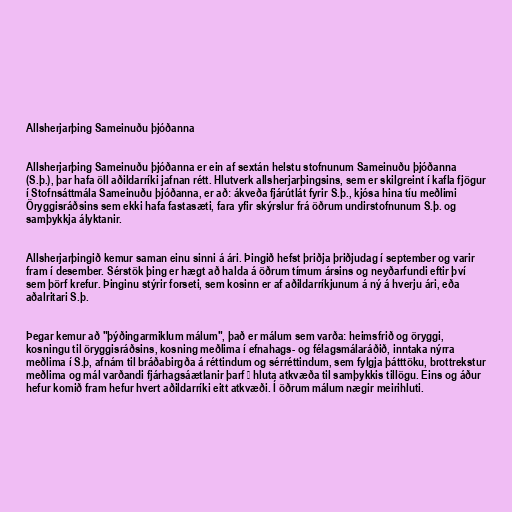
Allsherjarþing Sameinuðu þjóðanna

Allsherjarþing Sameinuðu þjóðanna er ein af sextán helstu stofnunum Sameinuðu þjóðanna
(S.þ.), þar hafa öll aðildarríki jafnan rétt. Hlutverk allsherjarþingsins, sem er skilgreint í kafla fjögur
í Stofnsáttmála Sameinuðu þjóðanna, er að: ákveða fjárútlát fyrir S.þ., kjósa hina tíu meðlimi
Öryggisráðsins sem ekki hafa fastasæti, fara yfir skýrslur frá öðrum undirstofnunum S.þ. og
samþykkja ályktanir.

Allsherjarþingið kemur saman einu sinni á ári. Þingið hefst þriðja þriðjudag í september og varir
fram í desember. Sérstök þing er hægt að halda á öðrum tímum ársins og neyðarfundi eftir því
sem þörf krefur. Þinginu stýrir forseti, sem kosinn er af aðildarríkjunum á ný á hverju ári, eða
aðalritari S.þ.

Þegar kemur að "þýðingarmiklum málum", það er málum sem varða: heimsfrið og öryggi,
kosningu til öryggisráðsins, kosning meðlima í efnahags- og félagsmálaráðið, inntaka nýrra
meðlima í S.þ, afnám til bráðabirgða á réttindum og sérréttindum, sem fylgja þátttöku, brottrekstur
meðlima og mál varðandi fjárhagsáætlanir þarf ⅔ hluta atkvæða til samþykkis tillögu. Eins og áður
hefur komið fram hefur hvert aðildarríki eitt atkvæði. Í öðrum málum nægir meirihluti.